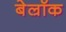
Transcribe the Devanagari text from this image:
बेल्रॉक